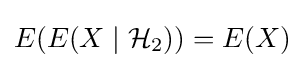
E(E(X\mid {\mathcal {H}}_{2}))=E(X)